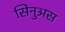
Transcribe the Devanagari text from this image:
सिनुअस